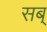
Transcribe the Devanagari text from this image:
सब्